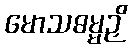
မောသဓမ္မဉှိ